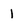
Character: 1